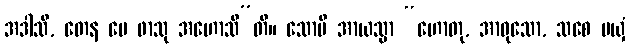
အဒါသိ, တေန မေ ဖာသု အဟောသီ”တိ။ သောပိ အာယသ္မာ “ဟောတု, အာဝုသော, သစေ မယှံ